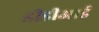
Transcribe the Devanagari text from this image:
डीडीआई